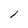
Character: i